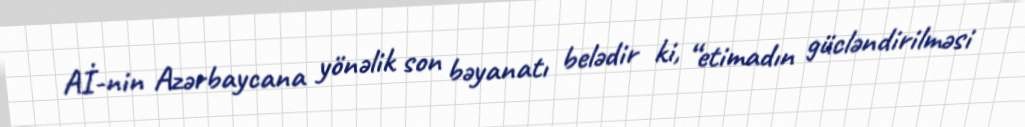
Aİ-nin Azərbaycana yönəlik son bəyanatı belədir ki, “etimadın gücləndirilməsi